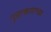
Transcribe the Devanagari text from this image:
पुढाकाराच्या